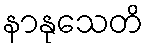
နာနုသေတိ